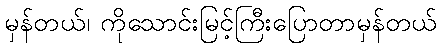
မှန်တယ်၊ ကိုသောင်းမြင့်ကြီးပြောတာမှန်တယ်